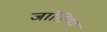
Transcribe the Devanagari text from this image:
जांतिया